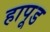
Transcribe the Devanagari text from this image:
हापूड